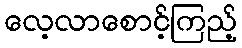
လေ့လာစောင့်ကြည့်